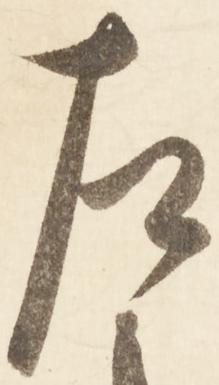
左